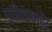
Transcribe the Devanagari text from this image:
प्रदेशाबाहेर